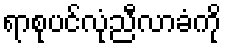
ရာစုပင်လုံညီလာခံကို